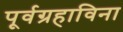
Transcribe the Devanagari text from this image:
पूर्वग्रहाविना